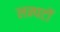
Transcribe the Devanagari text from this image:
लम्पटों